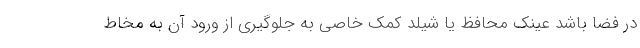
در فضا باشد عینک محافظ یا شیلد کمک خاصی به جلوگیری از ورود آن به مخاط